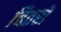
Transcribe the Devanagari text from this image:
चितरों